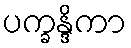
ပက္ခန္ဒိကာ